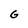
Character: G